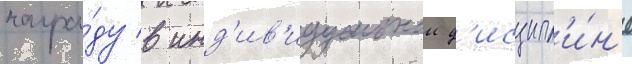
награ́ду в инд'ив'идуальнои д'исципл'и́н'е